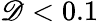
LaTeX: \mathscr{D}<0.1